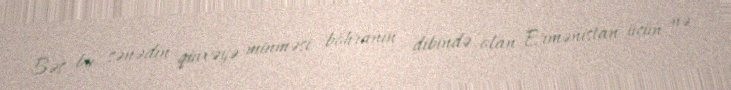
Bəs bu sənədin qüvvəyə minməsi böhranın dibində olan Ermənistan üçün nə